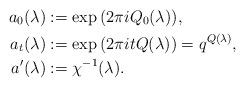
LaTeX: \begin{align*} a_0(\lambda)&:=\exp{(2\pi i Q_0(\lambda))},\\ a_t(\lambda)&:=\exp{(2\pi i t Q(\lambda))}=q^{Q(\lambda)},\\ a'(\lambda)&:=\chi^{-1}(\lambda). \end{align*}